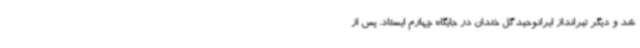
شد و دیگر تیرانداز ایرانوحیدگل خندان در جایگاه چهارم ایستاد. پس از